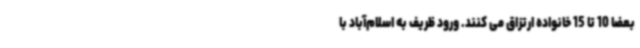
بعضا 10 تا 15 خانواده ارتزاق می کنند. ورود ظریف به اسلام‌آباد با